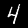
Digit: 4